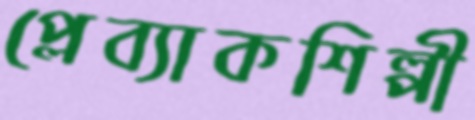
প্লেব্যাকশিল্পী